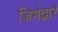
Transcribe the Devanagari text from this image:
जिभेद्वारे